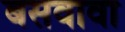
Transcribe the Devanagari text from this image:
बसवावा